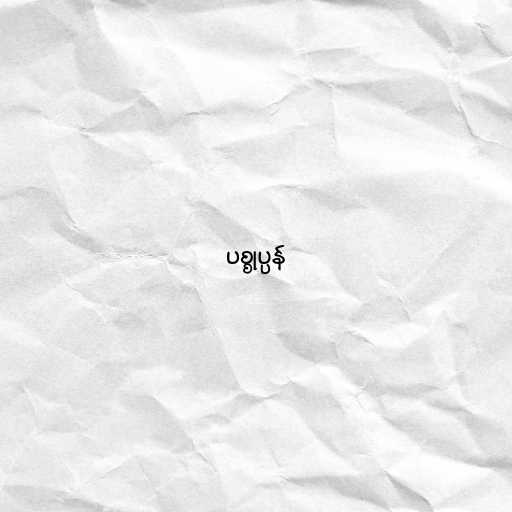
ပစ္စုပ္ပန်